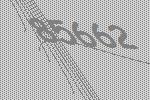
85662